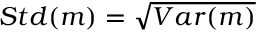
S t d ( m ) = \sqrt { V a r ( m ) }